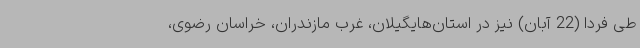
طی فردا (22 آبان) نیز در استان‌هایگیلان، غرب مازندران، خراسان رضوی،